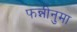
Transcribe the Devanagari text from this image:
फन्नीनुमा